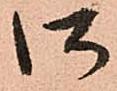
御